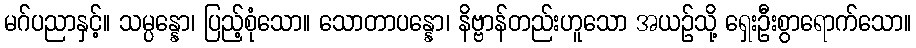
မဂ်ပညာနှင့်။ သမ္ပန္နော၊ ပြည့်စုံသော။ သောတာပန္နော၊ နိဗ္ဗာန်တည်းဟူသော အယဉ်သို့ ရှေးဦးစွာရောက်သော။